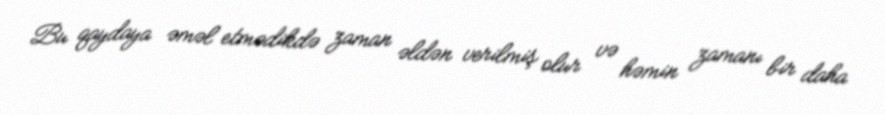
Bu qaydaya əməl etmədikdə zaman əldən verilmiş olur və həmin zamanı bir daha